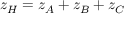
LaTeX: z _ { H } = z _ { A } + z _ { B } + z _ { C }